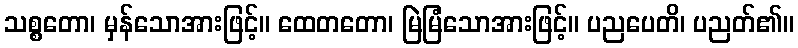
သစ္စတော၊ မှန်သောအားဖြင့်။ ထေတတော၊ မြဲမြံသောအားဖြင့်။ ပညပေတိ၊ ပညတ်၏။